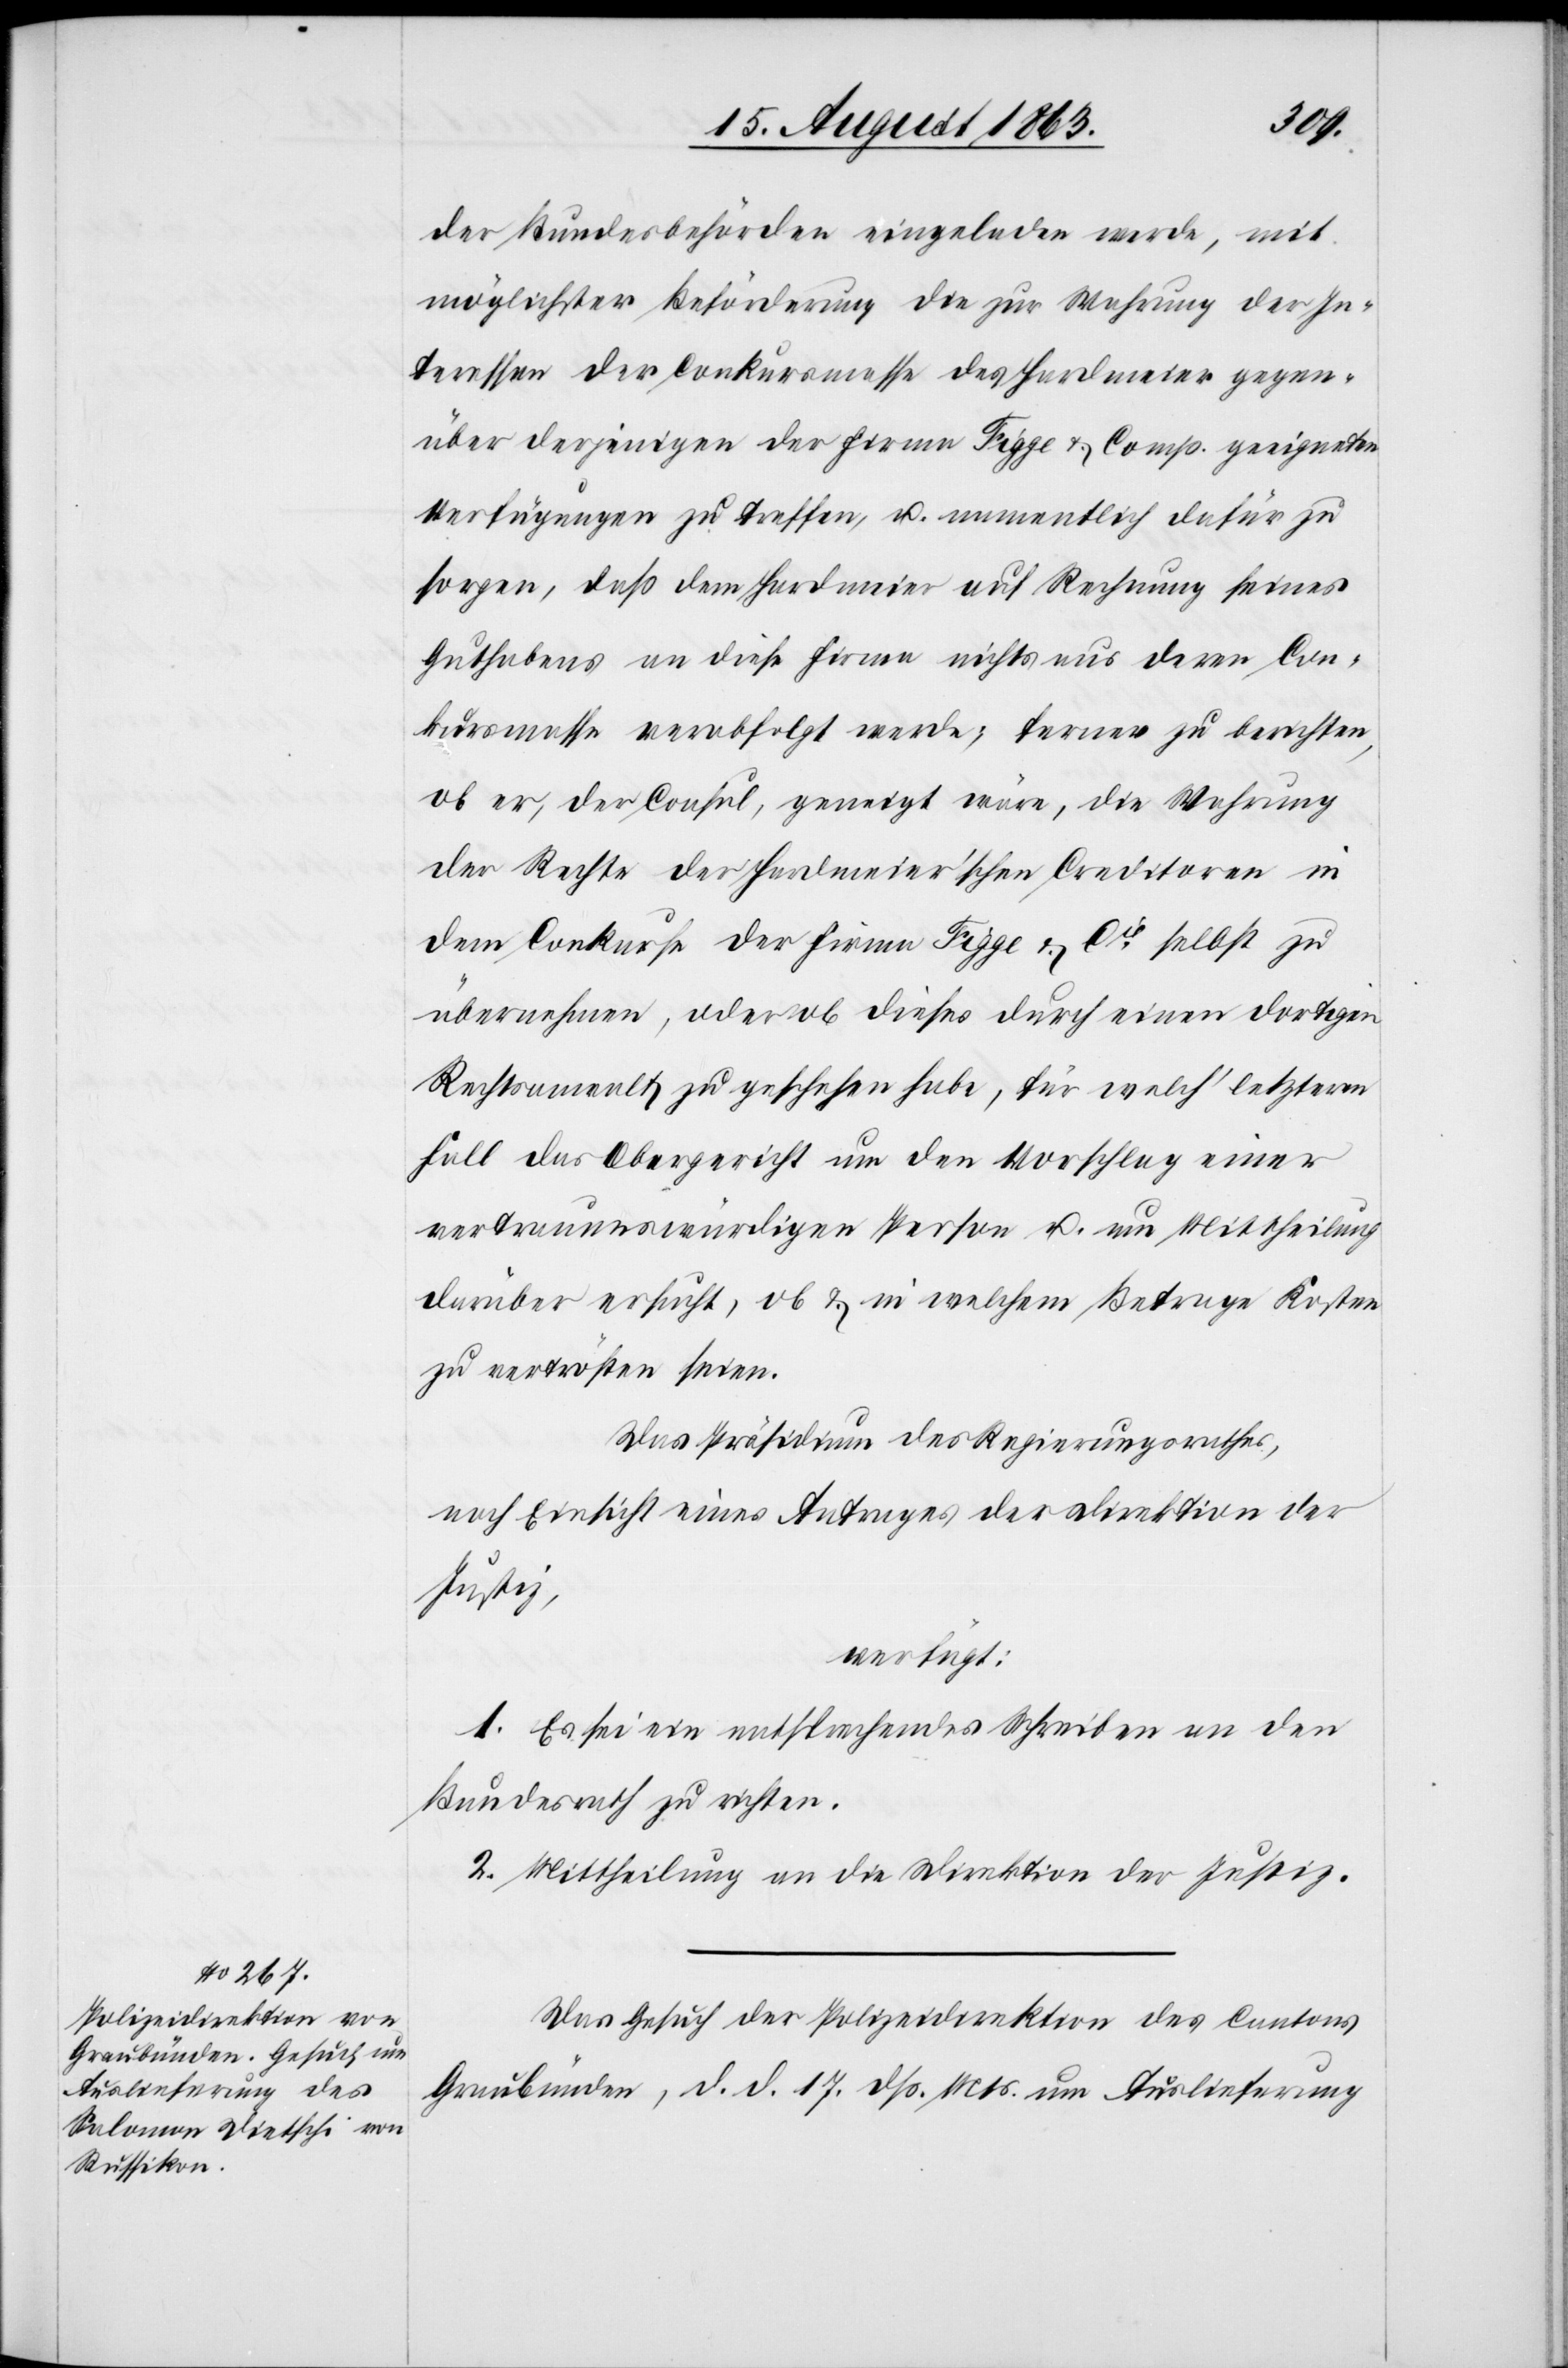
19. August 1863.]
der Bundesbehörden eingeladen werde, mit
möglichster Beförderung die zur Wahrung der In¬
teressen der Conkursmasse des Hardmeier gegen¬
über derjenigen der Firma Figge & Comp. geeigneten
Verfügungen zu treffen, u. namentlich dafür zu
sorgen, daß dem Hardmeier auf Rechnung seines
Guthabens an diese Firma nichts aus deren Con¬
kursmasse verabfolgt werde; ferner zu berichten,
ob er, der Consul, geneigt wäre, die Wahrung
der Rechte der Hardmeier'schen Creditoren in
dem Conkurse der Firma Figge & Cie selbst zu
übernehmen, oder ob dieses durch einen dortigen
Rechtsanwalt zu geschehen habe, für welch' letzteren
Fall das Obergericht um den Vorschlag einer
vertrauenswürdigen Person u. um Mittheilung
darüber ersucht, ob & in welchem Betrage Kosten
zu vertrösten seien.
Das Präsidium des Regierungsrathes,
nach Einsicht eines Antrages der Direktion der
Justiz,
verfügt:
1. Es sei ein entsprechendes Schreiben an den
Bundesrath zu richten.
2. Mittheilung an die Direktion der Justiz.
Das Gesuch der Polizeidirektion des Cantons
Graubünden, d. d. 17. dß. Mts. um Auslieferung